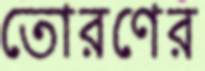
তোরণের